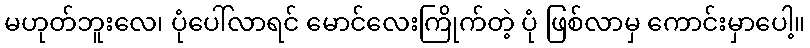
မဟုတ်ဘူးလေ၊ ပုံပေါ်လာရင် မောင်လေးကြိုက်တဲ့ ပုံ ဖြစ်လာမှ ကောင်းမှာပေါ့။